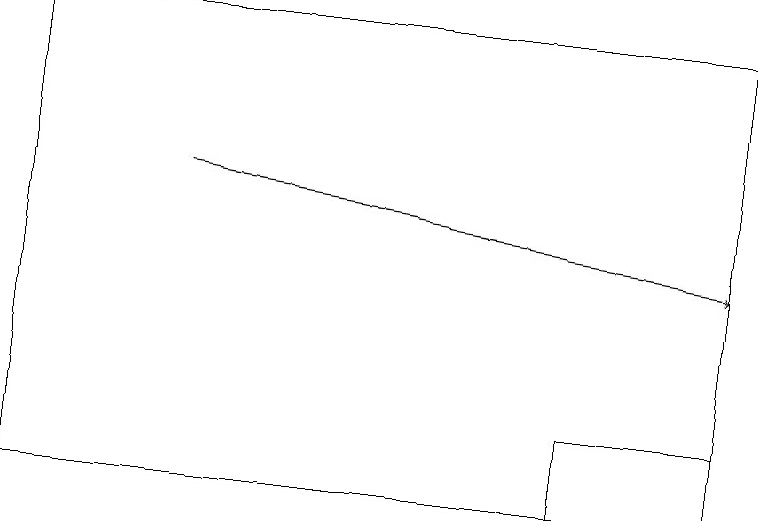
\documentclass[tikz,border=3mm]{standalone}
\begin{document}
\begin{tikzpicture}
\draw (7,13) rectangle (9,12);
\draw (9,18) rectangle (0,12);
\draw[->] (2,16) -- (9,15);
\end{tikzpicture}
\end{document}